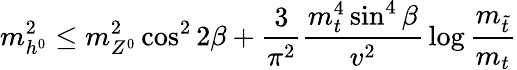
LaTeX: m_{h^{0}}^{2}\leq m_{Z^{0}}^{2}\cos^{2}2\beta+{\frac{3}{\pi^{2}}}{\frac{m_{t}^{4}\sin^{4}\beta}{v^{2}}}\log{\frac{m_{\tilde{t}}}{m_{t}}}